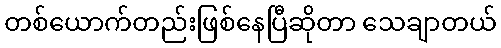
တစ်ယောက်တည်းဖြစ်နေပြီဆိုတာ သေချာတယ်